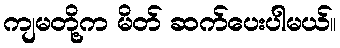
ကျမတို့က မိတ် ဆက်ပေးပါမယ်။